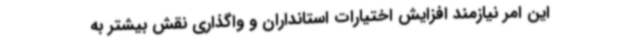
این امر نیازمند افزایش اختیارات استانداران و واگذاری نقش بیشتر به